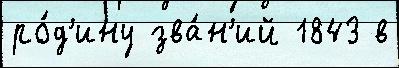
ро́д'ину зва́н'ий 1843 в